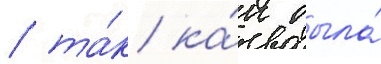
/ та́к ка́к была́